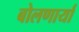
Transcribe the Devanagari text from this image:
बोलणार्या